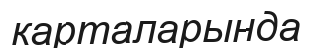
карталарында